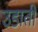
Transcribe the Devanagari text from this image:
उडाती